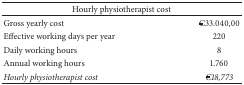
| <COLSPAN=2> Hourly physiotherapist cost |
 | --- | --- |
 | Gross yearly cost | €33.040,00 |
 | Effective working days per year | 220 |
 | Daily working hours | 8 |
 | Annual working hours | 1.760 |
 | Hourly physiotherapist cost | €18,773 |